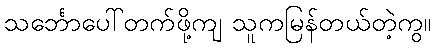
သင်္ဘောပေါ်တက်ဖို့ကျ သူကမြန်တယ်တဲ့ကွ။